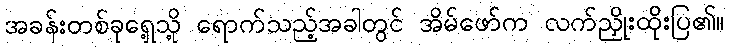
အခန်းတစ်ခုရှေ့သို့ ရောက်သည့်အခါတွင် အိမ်ဖော်က လက်ညှိုးထိုးပြ၏။